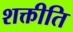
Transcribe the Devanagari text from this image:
शक्तीति